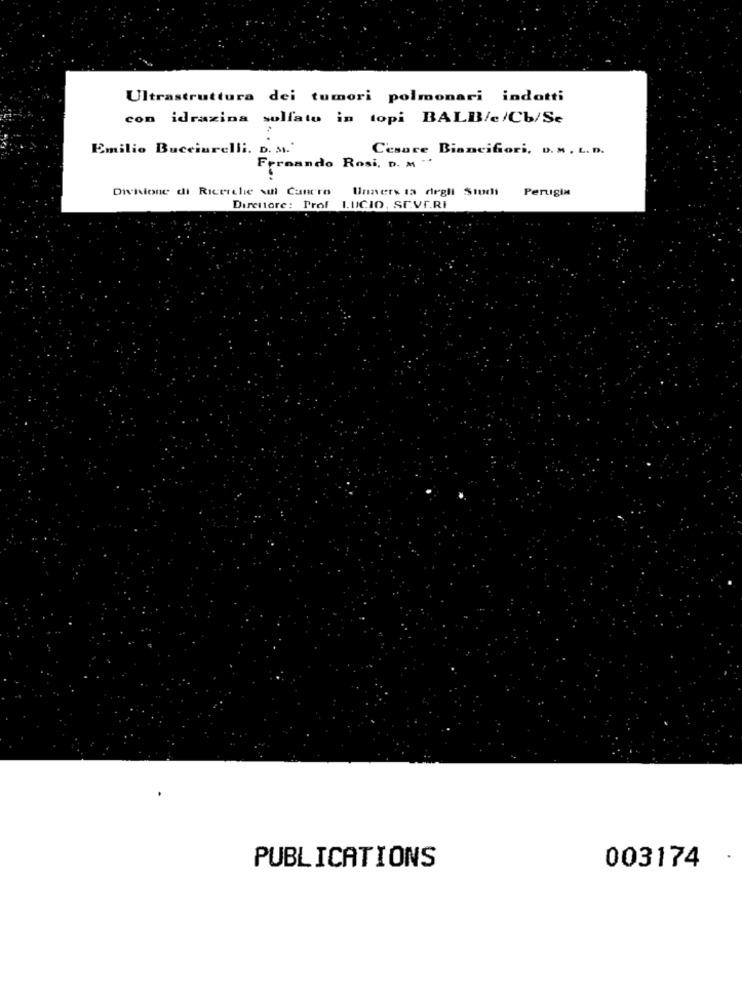
Ultrastruttura dei tumori polmonari indotti
con idrazina sulfato in topi BALB/c/Cb/Se
Emilio Bucciarelli. D. M.
Cesare Biancifiori, D. M . L. D.
Fernando Rosi, D. M "
Divisione di Ricerche sul Cancro
Unners ta degli Studi
Perugia
Direttore: Prof LUCIO, SE.VF.RI
PUBLICATIONS
003174